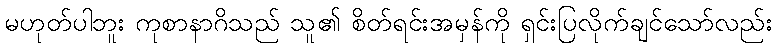
မဟုတ်ပါဘူး ကုစာနာဂိသည် သူ၏ စိတ်ရင်းအမှန်ကို ရှင်းပြလိုက်ချင်သော်လည်း